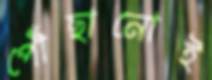
পৌঁছানোই